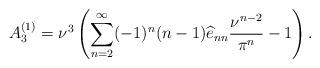
LaTeX: \begin{align*}A^{(1)}_3 =\nu^3 \left( \sum_{n=2}^\infty (-1)^n (n-1)\widehat{e}_{nn} \frac{\nu^{n-2}}{\pi^n}-1\right). \end{align*}